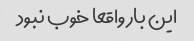
این بار واقعا خوب نبود